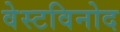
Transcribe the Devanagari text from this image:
वेस्टविनोद